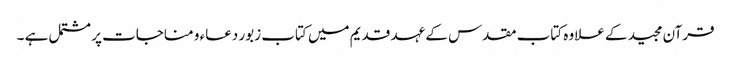
قرآن مجید کے علاوہ کتاب مقدس کے عہد قدیم میں کتاب زبور دعاء و مناجات پر مشتمل ہے ۔